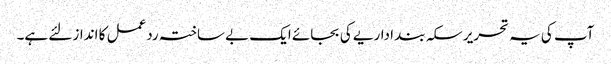
آپ کی یہ تحریر سکہ بند اداریے کی بجائے ایک بے ساختہ ردعمل کا انداز لئے ہے۔